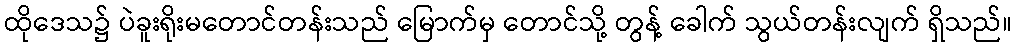
ထိုဒေသ၌ ပဲခူးရိုးမတောင်တန်းသည် မြောက်မှ တောင်သို့ တွန့် ခေါက် သွယ်တန်းလျက် ရှိသည်။